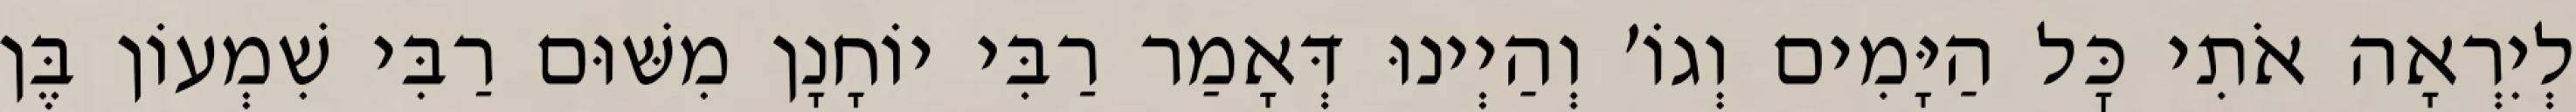
לְיִרְאָה אֹתִי כׇּל הַיָּמִים וְגוֹ׳ וְהַיְינוּ דְּאָמַר רַבִּי יוֹחָנָן מִשּׁוּם רַבִּי שִׁמְעוֹן בֶּן